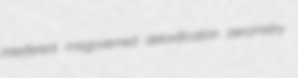
interferent misgoverned detoxification aerometry